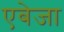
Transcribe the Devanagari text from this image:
एबेजा